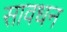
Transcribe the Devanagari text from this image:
सावधन